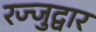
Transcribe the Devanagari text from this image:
रज्जुद्वार